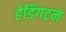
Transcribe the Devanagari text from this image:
हेडिंगटन